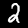
Digit: 2